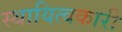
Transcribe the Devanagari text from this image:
स्थायित्वकारी